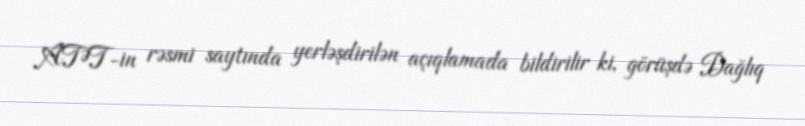
ATƏT-in rəsmi saytında yerləşdirilən açıqlamada bildirilir ki, görüşdə Dağlıq